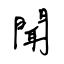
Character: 聞